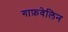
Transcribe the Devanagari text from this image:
गाफ़वेलिन